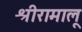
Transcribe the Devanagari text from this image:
श्रीरामालू